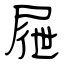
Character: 屜